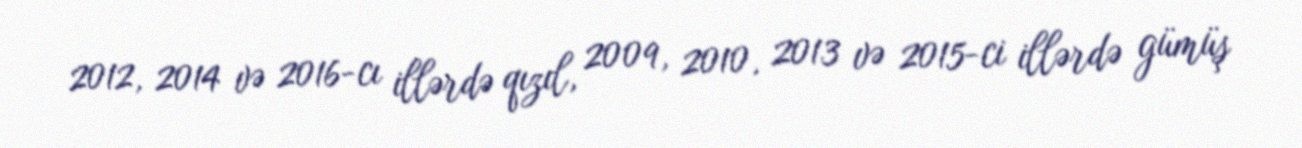
2012, 2014 və 2016-cı illərdə qızıl, 2009, 2010, 2013 və 2015-ci illərdə gümüş